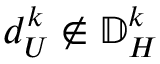
d _ { U } ^ { k } \notin \mathbb { D } _ { H } ^ { k }